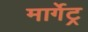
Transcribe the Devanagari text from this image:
मार्गेट्र